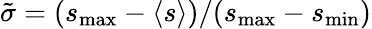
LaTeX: \tilde{\sigma}=(s_{\operatorname*{max}}-\langle s\rangle)/(s_{\operatorname*{max}}-s_{\operatorname*{min}})